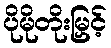
ပိုမိုတိုးမြှင့်